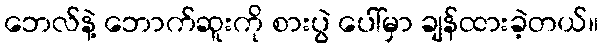
ဘေလ်နဲ့ ဘောက်ဆူးကို စားပွဲ ပေါ်မှာ ချန်ထားခဲ့တယ်။